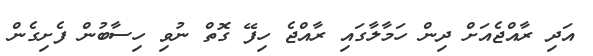
އަދި ރާއްޖެއަށް ދިން ހަމާލާގައި ރާއްޖެ ހިފޭ ގޮތް ނުވި ހިސާބުން ފެށިގެން